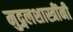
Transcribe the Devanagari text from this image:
मुद्गलशास्त्रींनी